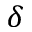
\delta